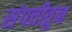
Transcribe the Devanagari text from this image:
संपत्तीतुन